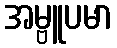
အမ္ဗူပမာ